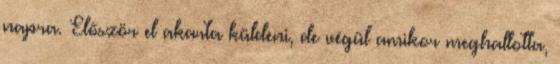
napra. Először el akarta küldeni, de végül amikor meghallotta,